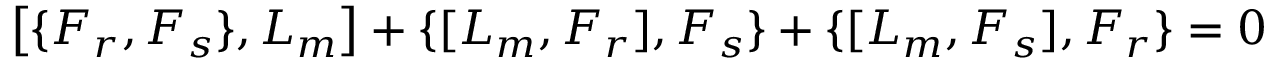
\left[ \{ F _ { r } , F _ { s } \} , L _ { m } \right] + \{ [ L _ { m } , F _ { r } ] , F _ { s } \} + \{ [ L _ { m } , F _ { s } ] , F _ { r } \} = 0